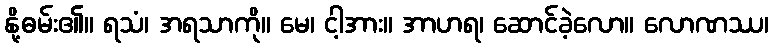
နို့ဓမ်း၏။ ရသံ၊ အရသာကို။ မေ၊ ငါ့အား။ အာဟရ၊ ဆောင်ခဲ့လော။ လောဏဿ၊